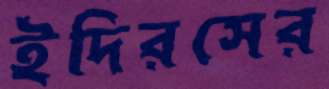
ইদিরসের